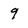
Character: 9